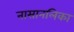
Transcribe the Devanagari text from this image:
नासानलिका